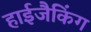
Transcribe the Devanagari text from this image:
हाईजैकिंग